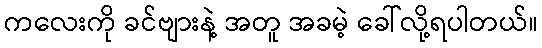
ကလေးကို ခင်ဗျားနဲ့ အတူ အခမဲ့ ခေါ်လို့ရပါတယ်။